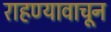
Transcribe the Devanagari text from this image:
राहण्यावाचून